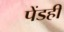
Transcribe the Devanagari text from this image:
पेंडही